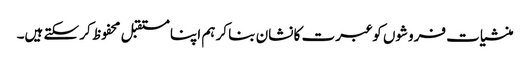
منشیات فروشوں کو عبرت کا نشان بنا کر ہم اپنا مستقبل محفوظ کر سکتے ہیں۔